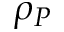
\rho _ { P }